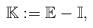
LaTeX: \begin{align*}\mathbb{K}:=\mathbb{E}-\mathbb{I},\end{align*}